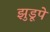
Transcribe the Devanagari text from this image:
झुडूपे